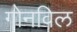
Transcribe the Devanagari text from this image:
गोनविल